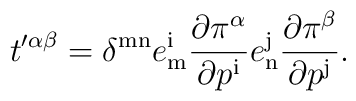
t'^{\alpha\beta} = \delta^{\mathrm{mn}} e^{\mathrm{i}}_{\mathrm{m}} {\partial \pi^\alpha\over \partial p^{\mathrm{i}}}e^{\mathrm{j}}_{\mathrm{n}} {\partial \pi^\beta\over \partial p^{\mathrm{j}}}.